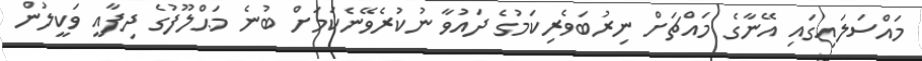
މައްސަލައިގައި އޭނާގެ މައްޗަށް ނިރުބަވެރިކަމުގެ ދައުވާ ނުކުރެވޭނެކަމަށް ބުނެ މަޙްލޫފުގެ ދިފާއީ ވަކީލުން